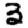
Digit: 3